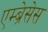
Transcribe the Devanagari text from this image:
एम्ब्रेसेस